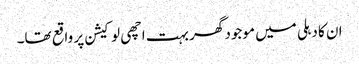
ان کا دہلی میں موجود گھر بہت اچھی لوکیشن پر واقع تھا۔